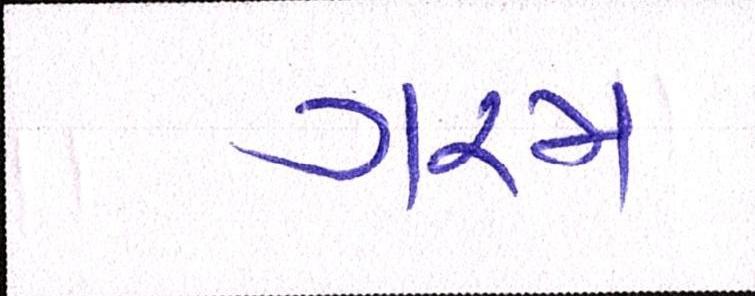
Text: ગરમ